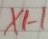
Text: X1-1